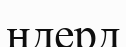
ндерд